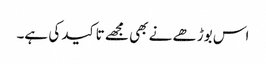
اس بوڑھے نے بھی مجھے تاکید کی ہے۔